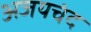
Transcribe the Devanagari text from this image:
अजयचंद